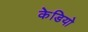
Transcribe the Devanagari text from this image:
केडियो